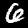
Label: 6